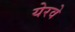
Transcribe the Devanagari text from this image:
येरवे